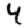
Digit: 4